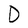
Character: D